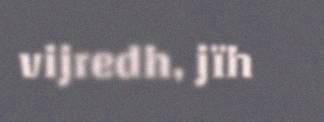
vijredh, jïh